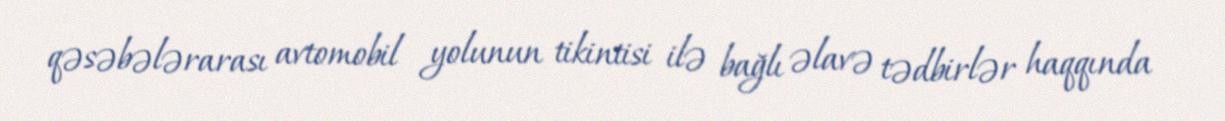
qəsəbələrarası avtomobil yolunun tikintisi ilə bağlı əlavə tədbirlər haqqında